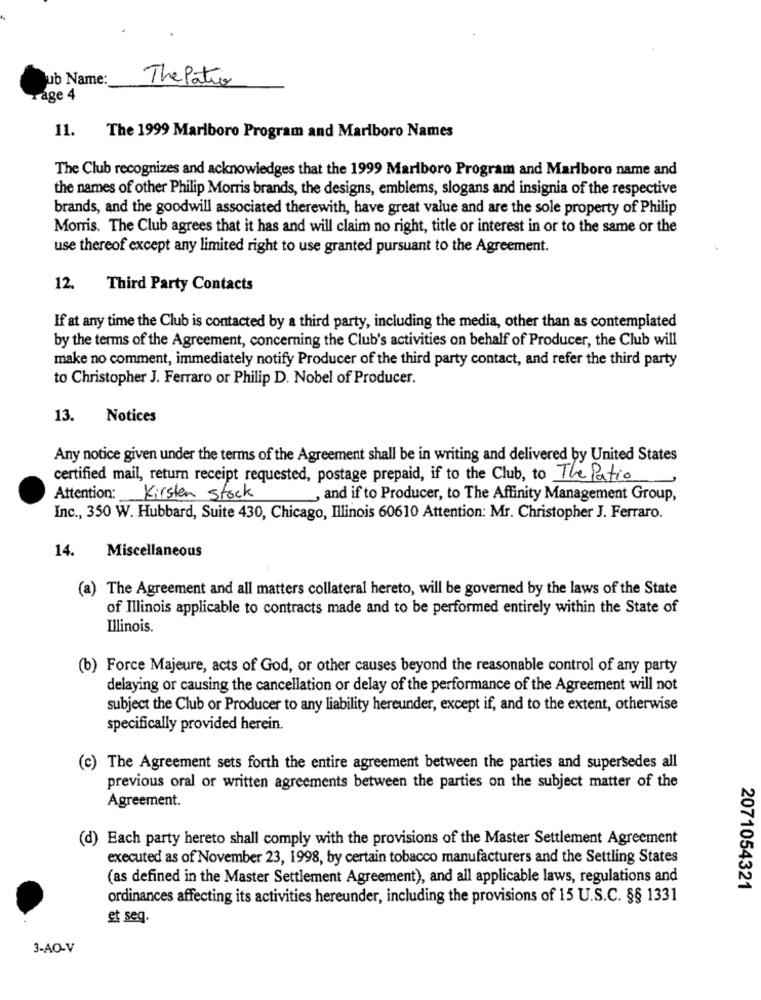
Sub Name:
ThePatio
age 4
11.
The 1999 Marlboro Program and Marlboro Names
The Club recognizes and acknowledges that the 1999 Marlboro Program and Marlboro name and
the names of other Philip Morris brands, the designs, emblems, slogans and insignia of the respective
brands, and the goodwill associated therewith, have great value and are the sole property of Philip
Morris. The Club agrees that it has and will claim no right, title or interest in or to the same or the
use thereof except any limited right to use granted pursuant to the Agreement.
12. Third Party Contacts
If at any time the Club is contacted by a third party, including the media, other than as contemplated
by the terms of the Agreement, concerning the Club's activities on behalf of Producer, the Club will
make no comment, immediately notify Producer of the third party contact, and refer the third party
to Christopher J. Ferraro or Philip D. Nobel of Producer.
13.
Notices
Any notice given under the terms of the Agreement shall be in writing and delivered by United States
certified mail, return receipt requested, postage prepaid, if to the Club, to The Patio
Attention: Kirsten Stock
, and if to Producer, to The Affinity Management Group,
Inc ., 350 W. Hubbard, Suite 430, Chicago, Illinois 60610 Attention: Mr. Christopher J. Ferraro.
14.
Miscellaneous
(a) The Agreement and all matters collateral hereto, will be governed by the laws of the State
of Illinois applicable to contracts made and to be performed entirely within the State of
Illinois.
(b) Force Majeure, acts of God, or other causes beyond the reasonable control of any party
delaying or causing the cancellation or delay of the performance of the Agreement will not
subject the Club or Producer to any liability hereunder, except if, and to the extent, otherwise
specifically provided herein.
(c) The Agreement sets forth the entire agreement between the parties and supersedes all
previous oral or written agreements between the parties on the subject matter of the
Agreement.
(d) Each party hereto shall comply with the provisions of the Master Settlement Agreement
executed as of November 23, 1998, by certain tobacco manufacturers and the Settling States
(as defined in the Master Settlement Agreement), and all applicable laws, regulations and
2071054321
ordinances affecting its activities hereunder, including the provisions of 15 U.S.C. §§ 1331
et seq.
3-AO-V